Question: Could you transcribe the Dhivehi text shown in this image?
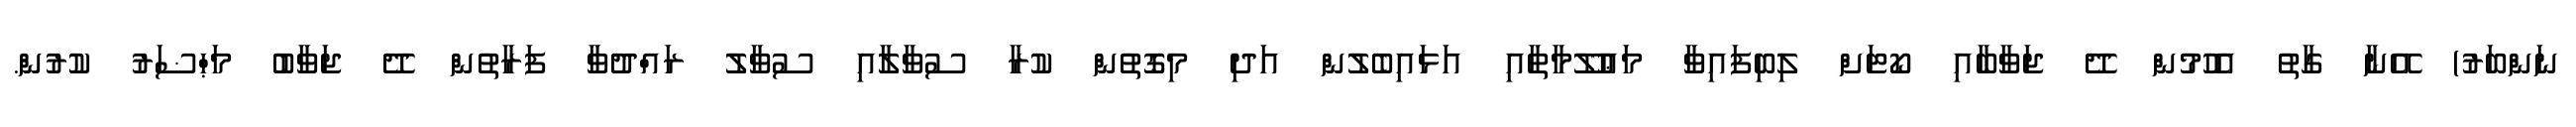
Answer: ނަންބަރު) އޭނާ ގާތު އެހުމުން ދޭ ޖަވާބާއި ކޯޓަށް ލިބިފައިވާ މަޢުލޫމާތާއި އަޅައިބެލުން އަދި މިގޮތުން ކުރާ ސުވާލާއި ސުވާލު ރައްދުވާ ފަރާތުން ދޭ ޖަވާބު މަޙްޟަރު ކުރުން.